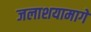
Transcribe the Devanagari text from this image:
जलाशयामागे